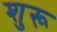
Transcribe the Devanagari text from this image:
शुरू